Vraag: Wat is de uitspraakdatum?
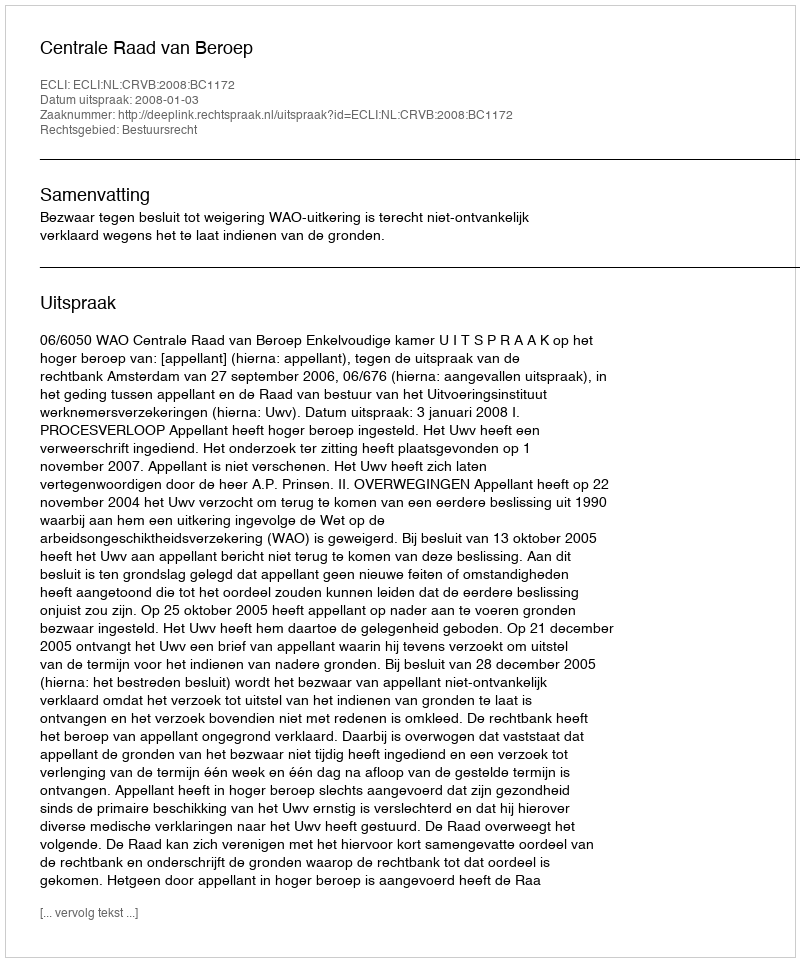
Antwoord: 2008-01-03